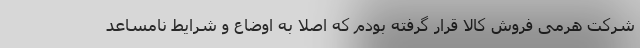
شرکت هرمی فروش کالا قرار گرفته بودم که اصلا به اوضاع و شرایط نامساعد